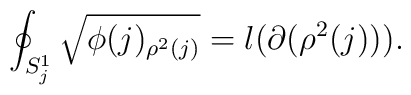
\oint_{S_{j}^{1}}\sqrt{\phi (j)_{\rho ^{2}(j)}}=l(\partial (\rho ^{2}(j))).